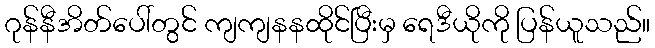
ဂုန်နီအိတ်ပေါ်တွင် ကျကျနနထိုင်ပြီးမှ ရေဒီယိုကို ပြန်ယူသည်။